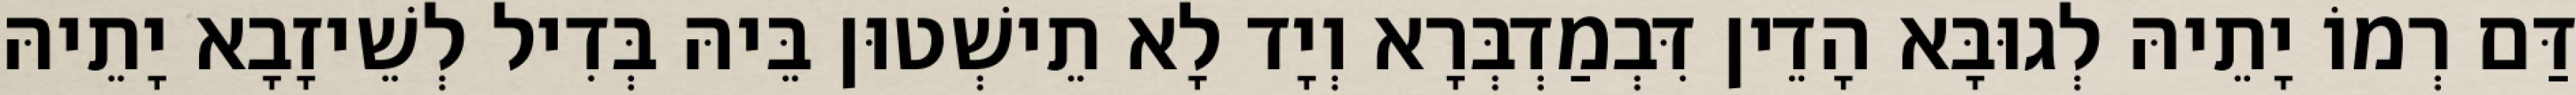
דַּם רְמוֹ יָתֵיהּ לְגוּבָּא הָדֵין דִּבְמַדְבְּרָא וְיָד לָא תֵישְׁטוּן בֵּיהּ בְּדִיל לְשֵׁיזָבָא יָתֵיהּ